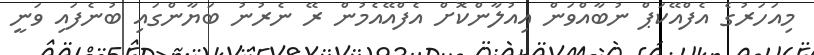
މިއަހަރުގެ އެފްއޭކަޕް ނުބާއްވަން އިއުލާންކޮށް އެފްއޭއެމުން ރޭ ނެރުނު ބަޔާންގައި ބުނެފައި ވަނީ